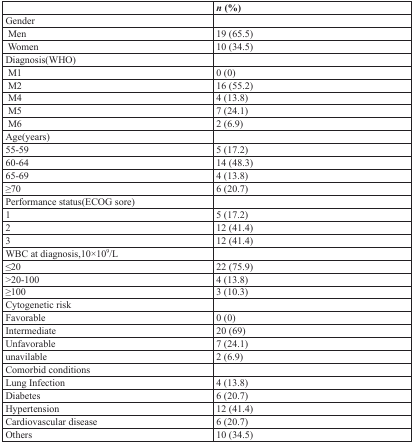
|  | n (%) |
 | --- | --- |
 | Gender |  |
 | Men | 19 (65.5) |
 | Women | 10 (34.5) |
 | Diagnosis(WHO) |  |
 | M1 | 0 (0) |
 | M2 | 16 (55.2) |
 | M4 | 4 (13.8) |
 | M5 | 7 (24.1) |
 | M6 | 2 (6.9) |
 | Age(years) |  |
 | 55-59 | 5 (17.2) |
 | 60-64 | 14 (48.3) |
 | 65-69 | 4 (13.8) |
 | ≥70 | 6 (20.7) |
 | Performance status(ECOG sore) |  |
 | 1 | 5 (17.2) |
 | 2 | 12 (41.4) |
 | 3 | 12 (41.4) |
 | WBC at diagnosis,10×109/L |  |
 | ≤20 | 22 (75.9) |
 | >20-100 | 4 (13.8) |
 | ≥100 | 3 (10.3) |
 | Cytogenetic risk |  |
 | Favorable | 0 (0) |
 | Intermediate | 20 (69) |
 | Unfavorable | 7 (24.1) |
 | unavilable | 2 (6.9) |
 | Comorbid conditions |  |
 | Lung Infection | 4 (13.8) |
 | Diabetes | 6 (20.7) |
 | Hypertension | 12 (41.4) |
 | Cardiovascular disease | 6 (20.7) |
 | Others | 10 (34.5) |